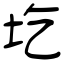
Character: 圪